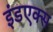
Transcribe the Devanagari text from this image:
इंडएक्स